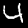
Label: 4